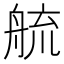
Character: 艈